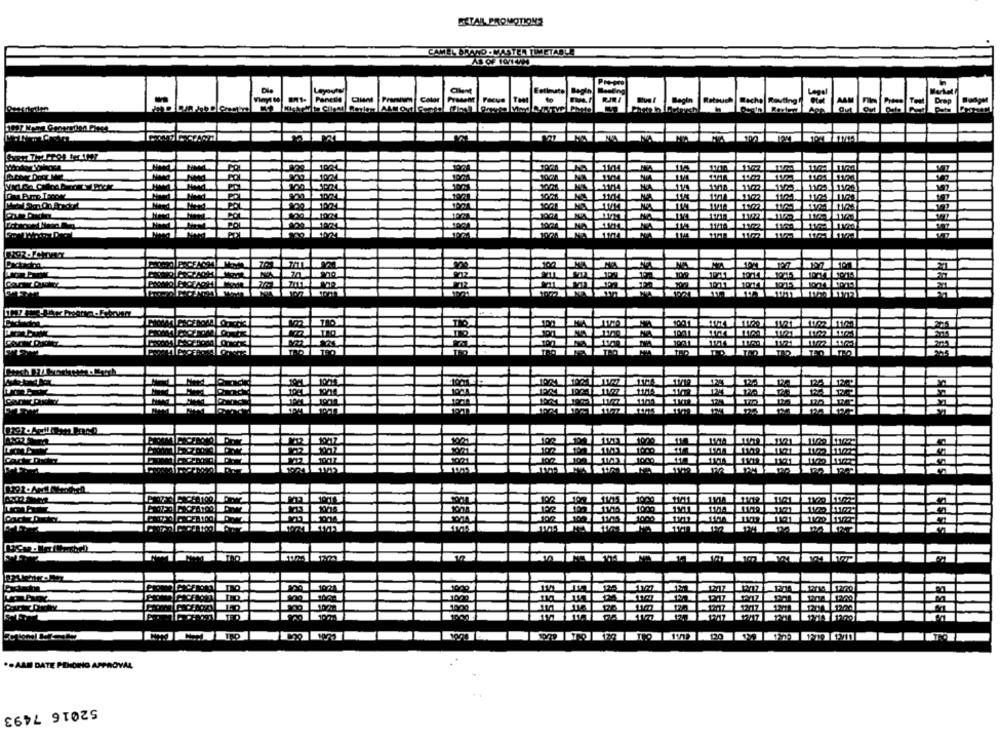
RETAR PROMOTIONS
CAMEL BRAND -MASTER TIMETABLE
Client
Estimate
Market
-
BR1- Panedie
Color
Begin
Retouch
Rache Routing!
Drop
Nickel te Client
11/10
1102
1125.
11/25
1105
1104 1123
11/18
10715
1001
1121
11H3
1009
11/11
1000
ZIET
100
.. AAS DATE POHONO
OVAL
52016 7493